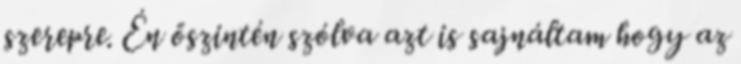
szerepre. Én őszintén szólva azt is sajnáltam hogy az